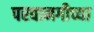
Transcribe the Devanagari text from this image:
परवानगीच्या